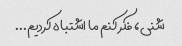
شنی، فکر کنم ما اشتباه کردیم...